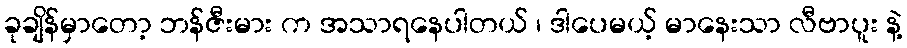
ခုချိန်မှာတော့ ဘန်ဇီးမား က အသာရနေပါတယ် ၊ ဒါပေမယ့် မာနေးသာ လီဗာပူး နဲ့